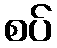
စပ်